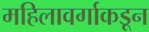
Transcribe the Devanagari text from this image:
महिलावर्गाकडून